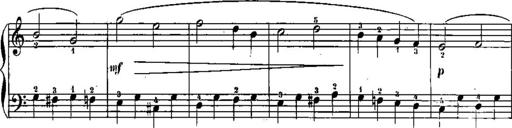
Title: Trois sonatines
Composer: Maurice Emmanuel